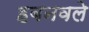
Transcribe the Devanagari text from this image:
हबनवले